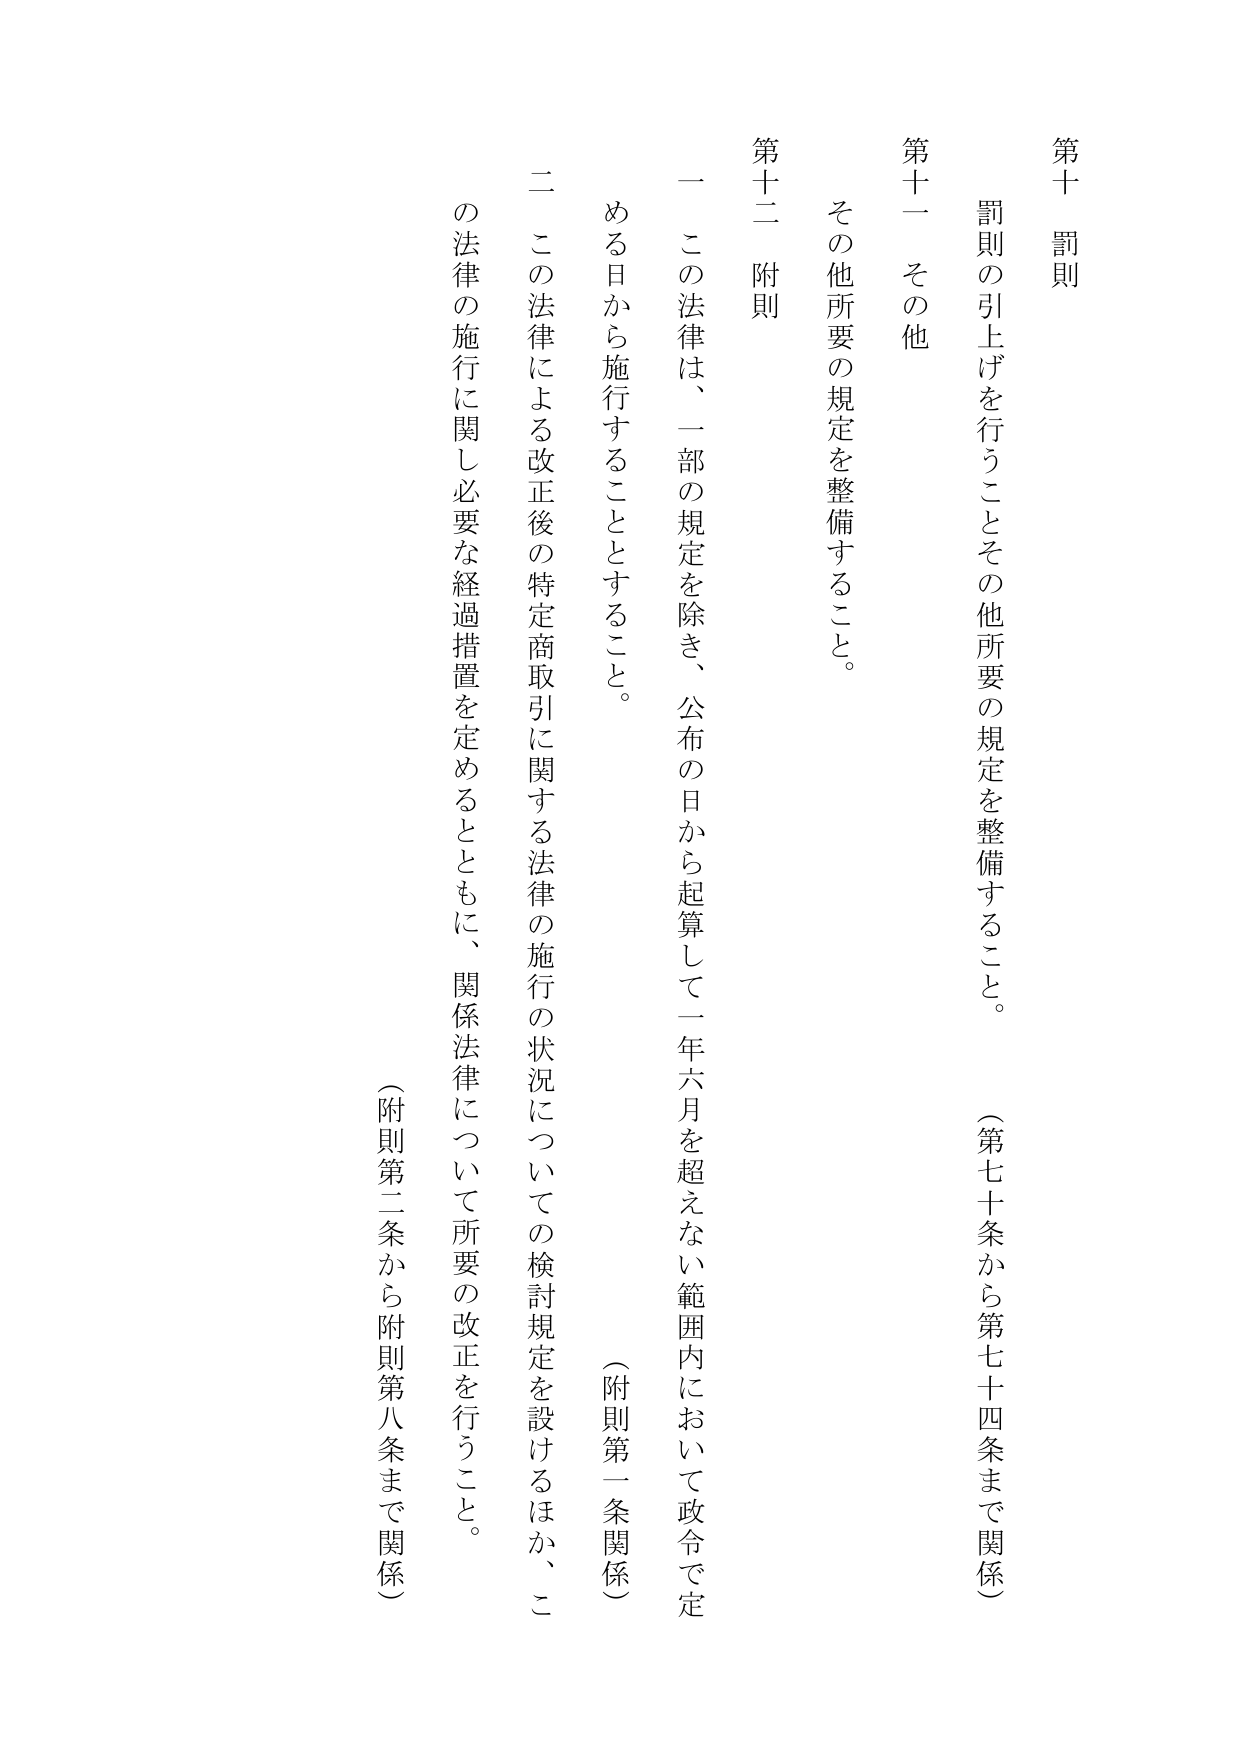
第十 罰則
罰則の引上げを行うことその他所要の規定を整備すること。
（第七十条から第七十四条まで関係）

第十一 その他
その他所要の規定を整備すること。

第十二 附則
一 この法律は、一部の規定を除き、公布の日から起算して一年六月を超えない範囲内において政令で定める日から施行すること。
（附則第一条関係）
二 この法律による改正後の特定商取引に関する法律の施行の状況についての検討規定を設けるほか、この法律の施行に関し必要な経過措置を定めるとともに、関係法律について所要の改正を行うこと。
（附則第二条から附則第八条まで関係）